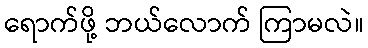
ရောက်ဖို့ ဘယ်လောက် ကြာမလဲ။